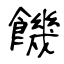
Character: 饑